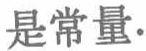
是常量.